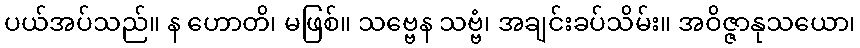
ပယ်အပ်သည်။ န ဟောတိ၊ မဖြစ်။ သဗ္ဗေန သဗ္ဗံ၊ အချင်းခပ်သိမ်း။ အဝိဇ္ဇာနုသယော၊